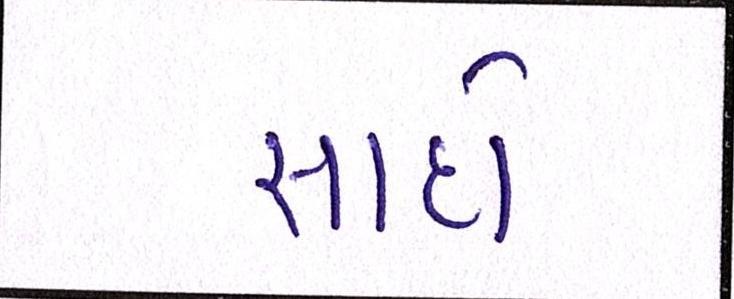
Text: સાદો